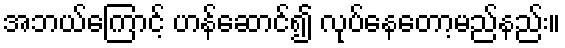
အဘယ်ကြောင့် ဟန်ဆောင်၍ လုပ်နေတော့မည်နည်း။